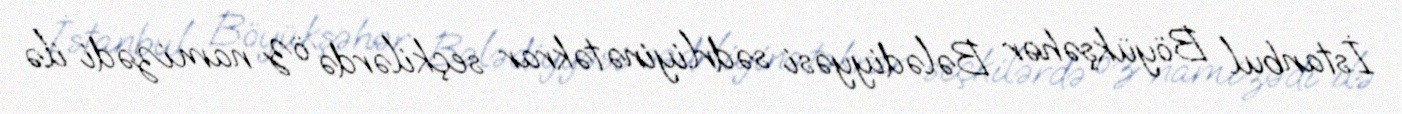
İstanbul Böyükşəhər Bələdiyyəsi sədrliyinə təkrar seçkilərdə öz namizədi ilə